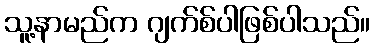
သူ့နာမည်က ဂျက်စ်ပါဖြစ်ပါသည်။